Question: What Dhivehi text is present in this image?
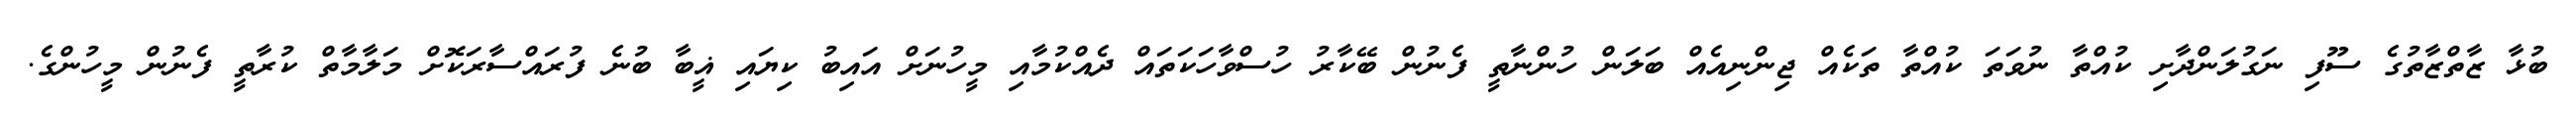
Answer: ބުޅާ ޒާތްޒާތުގެ ސޫފި ނަގުލަންދާށި ކުއްތާ ނުވަތަ ކުއްތާ ތަކެއް ޖިންނިއެއް ބަލަން ހުންނާތީ ފެނުން ބޭކާރު ހުސްވާހަކަތައް ދެއްކުމާއި މީހުނަށް އައިބު ކިޔައި ޣީބާ ބުނެ ފުރައްސާރަކޮށް މަލާމާތް ކުރާތީ ފެނުން މީހުންގެ.